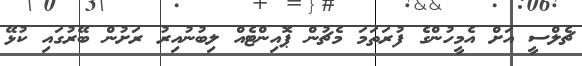
ޗެލްސީ އަށް އެމީހުންގެ ފުރަތަމަ މެޗުން ޕޮއިންޓެއް ލިބުނުއިރު ރަށުން ބޭރުގައި ކުޅޭ